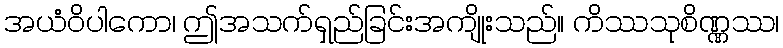
အယံဝိပါကော၊ ဤအသက်ရှည်ခြင်းအကျိုးသည်။ ကိဿသုစိဏ္ဏဿ၊